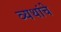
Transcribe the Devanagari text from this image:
व्यथांचे